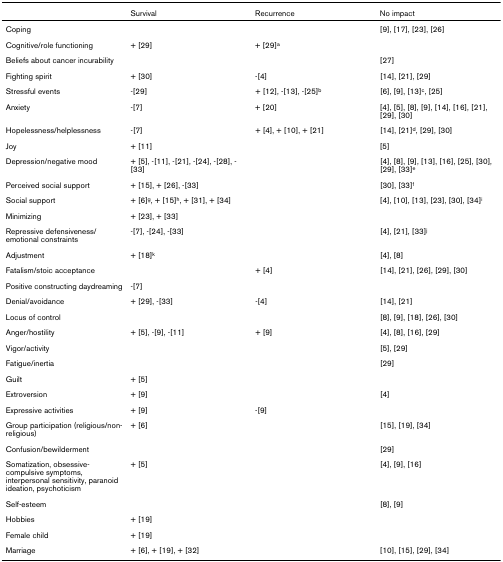
<table><thead><tr><td></td><td><b>Survival</b></td><td><b>Recurrence</b></td><td><b>No impact</b></td></tr></thead><tbody><tr><td>Coping</td><td></td><td></td><td>[9], [17], [23], [26]</td></tr><tr><td>Cognitive/role functioning</td><td>+ [29]</td><td>+ [29]<sup>a</sup></td><td></td></tr><tr><td>Beliefs about cancer incurability</td><td></td><td></td><td>[27]</td></tr><tr><td>Fighting spirit</td><td>+ [30]</td><td>-[4]</td><td>[14], [21], [29]</td></tr><tr><td>Stressful events</td><td>-[29]</td><td>+ [12], -[13], -[25]<sup>b</sup></td><td>[6], [9], [13]<sup>c</sup>, [25]</td></tr><tr><td>Anxiety</td><td>-[7]</td><td>+ [20]</td><td>[4], [5], [8], [9], [14], [16], [21], [29], [30]</td></tr><tr><td>Hopelessness/helplessness</td><td>-[7]</td><td>+ [4], + [10], + [21]</td><td>[14], [21]<sup>d</sup>, [29], [30]</td></tr><tr><td>Joy</td><td>+ [11]</td><td></td><td>[5]</td></tr><tr><td>Depression/negative mood</td><td>+ [5], -[11], -[21], -[24], -[28], -[33]</td><td></td><td>[4], [8], [9], [13], [16], [25], [30], [29], [33]<sup>e</sup></td></tr><tr><td>Perceived social support</td><td>+ [15], + [26], -[33]</td><td></td><td>[30], [33]<sup>f</sup></td></tr><tr><td>Social support</td><td>+ [6]<sup>g</sup>, + [15]<sup>h</sup>, + [31], + [34]</td><td></td><td>[4], [10], [13], [23], [30], [34]<sup>i</sup></td></tr><tr><td>Minimizing</td><td>+ [23], + [33]</td><td></td><td></td></tr><tr><td>Repressive defensiveness/emotional constraints</td><td>-[7], -[24], -[33]</td><td></td><td>[4], [21], [33]<sup>j</sup></td></tr><tr><td>Adjustment</td><td>+ [18]<sup>k</sup></td><td></td><td>[4], [8]</td></tr><tr><td>Fatalism/stoic acceptance</td><td></td><td>+ [4]</td><td>[14], [21], [26], [29], [30]</td></tr><tr><td>Positive constructing daydreaming</td><td>-[7]</td><td></td><td></td></tr><tr><td>Denial/avoidance</td><td>+ [29], -[33]</td><td>-[4]</td><td>[14], [21]</td></tr><tr><td>Locus of control</td><td></td><td></td><td>[8], [9], [18], [26], [30]</td></tr><tr><td>Anger/hostility</td><td>+ [5], -[9], -[11]</td><td>+ [9]</td><td>[4], [8], [16], [29]</td></tr><tr><td>Vigor/activity</td><td></td><td></td><td>[5], [29]</td></tr><tr><td>Fatigue/inertia</td><td></td><td></td><td>[29]</td></tr><tr><td>Guilt</td><td>+ [5]</td><td></td><td></td></tr><tr><td>Extroversion</td><td>+ [9]</td><td></td><td>[4]</td></tr><tr><td>Expressive activities</td><td>+ [9]</td><td>-[9]</td><td></td></tr><tr><td>Group participation (religious/non-religious)</td><td>+ [6]</td><td></td><td>[15], [19], [34]</td></tr><tr><td>Confusion/bewilderment</td><td></td><td></td><td>[29]</td></tr><tr><td>Somatization, obsessive-compulsive symptoms, interpersonal sensitivity, paranoid ideation, psychoticism</td><td>+ [5]</td><td></td><td>[4], [9], [16]</td></tr><tr><td>Self-esteem</td><td></td><td></td><td>[8], [9]</td></tr><tr><td>Hobbies</td><td>+ [19]</td><td></td><td></td></tr><tr><td>Female child</td><td>+ [19]</td><td></td><td></td></tr><tr><td>Marriage</td><td>+ [6], + [19], + [32]</td><td></td><td>[10], [15], [29], [34]</td></tr></tbody></table>